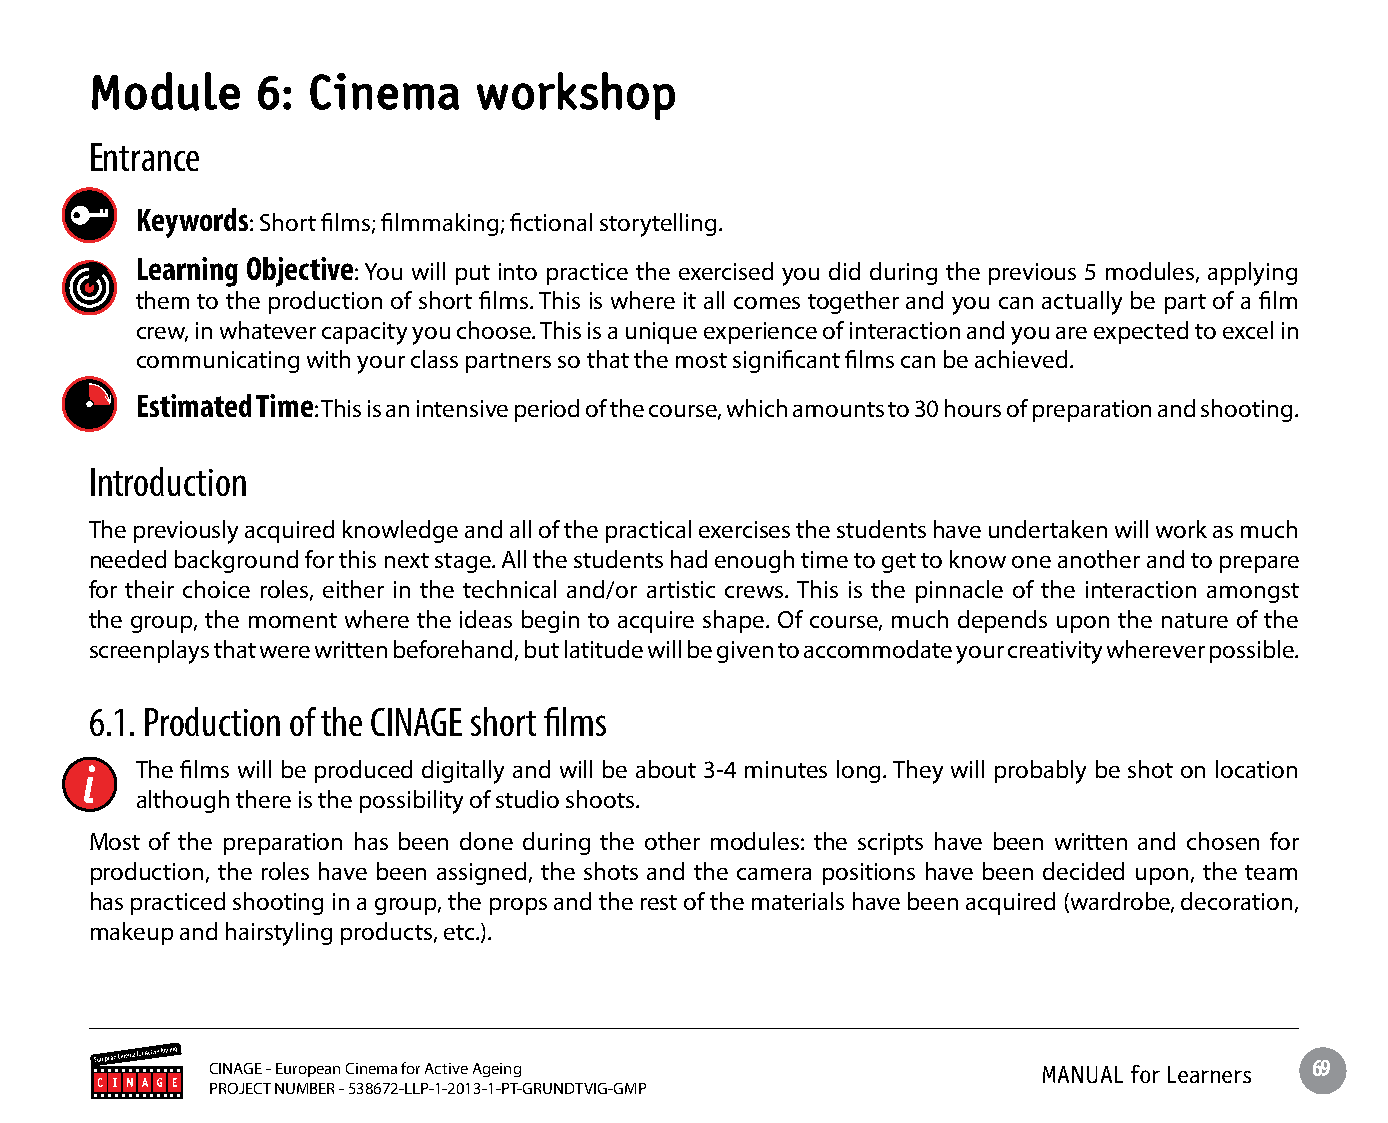
Module     6: Cinema     workshop
 Entrance
 Keywords: Short films; filmmaking; fictional storytelling.
 Learning Objective: You will put into practice the exercised you did during the previous 5 modules, applying
 them to the production of short films. This is where it all comes together and you can actually be part of a film
 crew, in whatever capacity you choose. This is a unique experience of interaction and you are expected to excel in
 communicating with your class partners so that the most significant films can be achieved.
 Estimated Time: This is an intensive period of the course, which amounts to 30 hours of preparation and shooting.
 Introduction
 The previously acquired knowledge and all of the practical exercises the students have undertaken will work as much
 needed background for this next stage. All the students had enough time to get to know one another and to prepare
 for their choice roles, either in the technical and/or artistic crews. This is the pinnacle of the interaction amongst
 the group, the moment where the ideas begin to acquire shape. Of course, much depends upon the nature of the
 screenplays that were written beforehand, but latitude will be given to accommodate your creativity wherever possible.
 6.1. Production of the CINAGE short films
 The films will be produced digitally and will be about 3-4 minutes long. They will probably be shot on location
 although there is the possibility of studio shoots.
 Most of the preparation has been done during the other modules: the scripts have been written and chosen for
 production, the roles have been assigned, the shots and the camera positions have been decided upon, the team
 has practiced shooting in a group, the props and the rest of the materials have been acquired (wardrobe, decoration,
 makeup and hairstyling products, etc.).
 CINAGE - European Cinema for Active Ageing             MANUAL for Learners 69
 PROJECT NUMBER - 538672-LLP-1-2013-1-PT-GRUNDTVIG-GMP